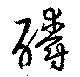
釂